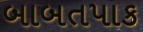
બાબતપાક